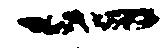
一